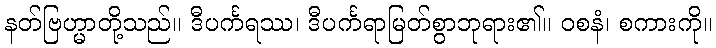
နတ်ဗြဟ္မာတို့သည်။ ဒီပင်္ကရဿ၊ ဒီပင်္ကရာမြတ်စွာဘုရား၏။ ဝစနံ၊ စကားကို။